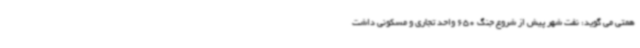
همتی می گوید: نفت شهر پیش از شروع جنگ 650 واحد تجاری و مسکونی داشت